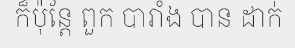
ក៏ប៉ុន្តែ ពួក បារាំង បាន ដាក់